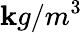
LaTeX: \mathbf{k}g/m^{3}